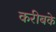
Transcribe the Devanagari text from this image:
करीबके